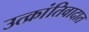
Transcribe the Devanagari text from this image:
उत्क्रांतिवादात